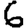
Digit: 6